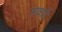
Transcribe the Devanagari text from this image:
स्वार्ट